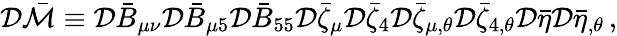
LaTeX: {\cal D}\bar{\cal M}\equiv{\cal D}\bar{B}_{\mu\nu}{\cal D}\bar{B}_{\mu 5}{\cal D}\bar{B}_{55}{\cal D}\bar{\zeta}_{\mu}{\cal D}\bar{\zeta}_{4}{\cal D}\bar{\zeta}_{\mu,\theta}{\cal D}\bar{\zeta}_{4,\theta}{\cal D}\bar{\eta}{\cal D}\bar{\eta}_{,\theta}\, ,